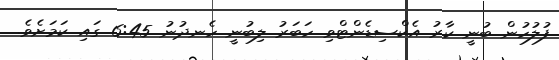
ފުލުހުން ބުނީ ކާރު އެކްސިޑެންޓްވި ހަބަރު ލިބުނީ ހެނދުނު 6:45 ގައި ކަމަށެވެ.